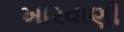
ખારવાણી